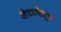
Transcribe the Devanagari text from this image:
अंटरमेंस्च